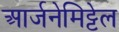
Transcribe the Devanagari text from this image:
आर्जनेमिट्टेल